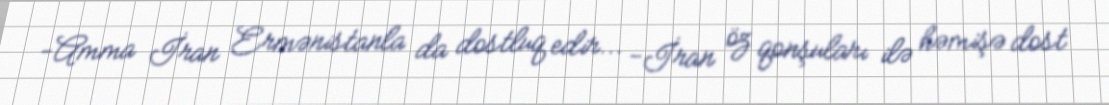
-Amma İran Ermənistanla da dostluq edir... -İran öz qonşuları ilə həmişə dost